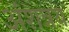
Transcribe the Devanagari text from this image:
अंशत्रय